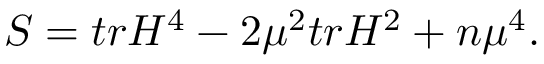
S = t r H ^ { 4 } - 2 { \mu } ^ { 2 } t r H ^ { 2 } + n { \mu } ^ { 4 } .